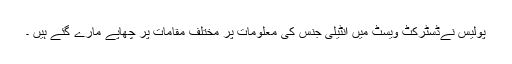
پولیس نےڈسٹرکٹ ویسٹ میں انٹیلی جنس کی معلومات پر مختلف مقامات پر چھاپے مارے گئے ہیں ۔